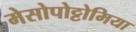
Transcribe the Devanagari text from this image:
मेसोपोट्टोमिया